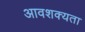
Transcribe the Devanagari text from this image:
आवशक्यता